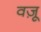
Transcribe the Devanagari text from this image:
वज़ू